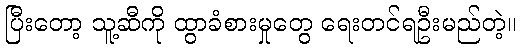
ပြီးတော့ သူ့ဆီကို ထွာခံစားမှုတွေ ရေးတင်ရဦးမည်တဲ့။